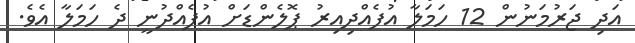
އަދި ޖަރުމަނުން 12 ހަމަލާ އުފެއްދިއިރު ޕޮލެންޑަށް އުފެއްދުނީ ދެ ހަމަލާ އެވެ.